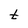
Character: t